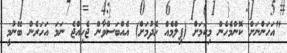
"އަހަންނަށް ކޮންމެހެން މިކަމަށް (ފިލްމެއް ހެދުމަށް) އެއްބަސްވާން ޖެހިއްޖެ ނަމަ އަހަރެން ބޭނުމީ